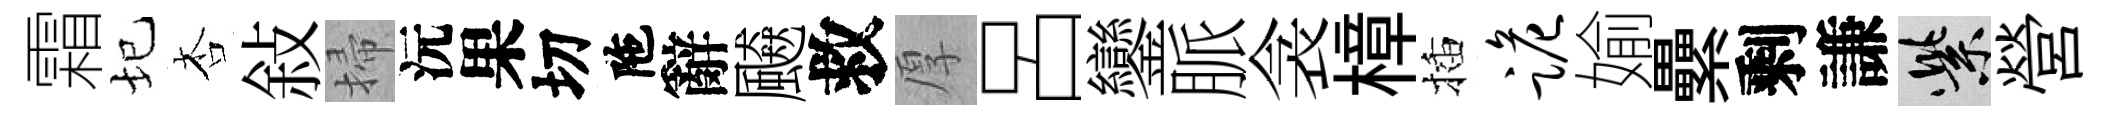
霜圮杏敍掃沅果切陁辭飇救厚呂鑾脈衾樟插跪媮纍剩謙紫營